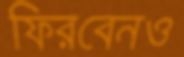
ফিরবেনও